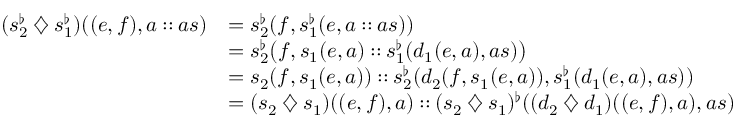
\begin{array} { r l } { ( s _ { 2 } ^ { \flat } \mathbin { \diamondsuit } s _ { 1 } ^ { \flat } ) ( ( e , f ) , a \mathbin { : : } a s ) } & { = s _ { 2 } ^ { \flat } ( f , s _ { 1 } ^ { \flat } ( e , a \mathbin { : : } a s ) ) } \\ & { = s _ { 2 } ^ { \flat } \big ( f , s _ { 1 } ( e , a ) \mathbin { : : } s _ { 1 } ^ { \flat } ( d _ { 1 } ( e , a ) , a s ) \big ) } \\ & { = s _ { 2 } ( f , s _ { 1 } ( e , a ) ) \mathbin { : : } s _ { 2 } ^ { \flat } ( d _ { 2 } ( f , s _ { 1 } ( e , a ) ) , s _ { 1 } ^ { \flat } ( d _ { 1 } ( e , a ) , a s ) ) } \\ & { = ( s _ { 2 } \mathbin { \diamondsuit } s _ { 1 } ) ( ( e , f ) , a ) \mathbin { : : } ( s _ { 2 } \mathbin { \diamondsuit } s _ { 1 } ) ^ { \flat } ( ( d _ { 2 } \mathbin { \diamondsuit } d _ { 1 } ) ( ( e , f ) , a ) , a s ) } \end{array}